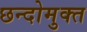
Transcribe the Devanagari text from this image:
छन्दोमुक्त